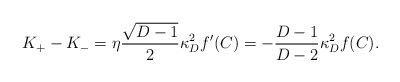
\begin{align*}K_+-K_-=\eta{\sqrt{D-1}\over 2}\kappa^2_Df^{\prime}(C)=-{{D-1}\over{D-2}}\kappa^2_Df(C).\end{align*}